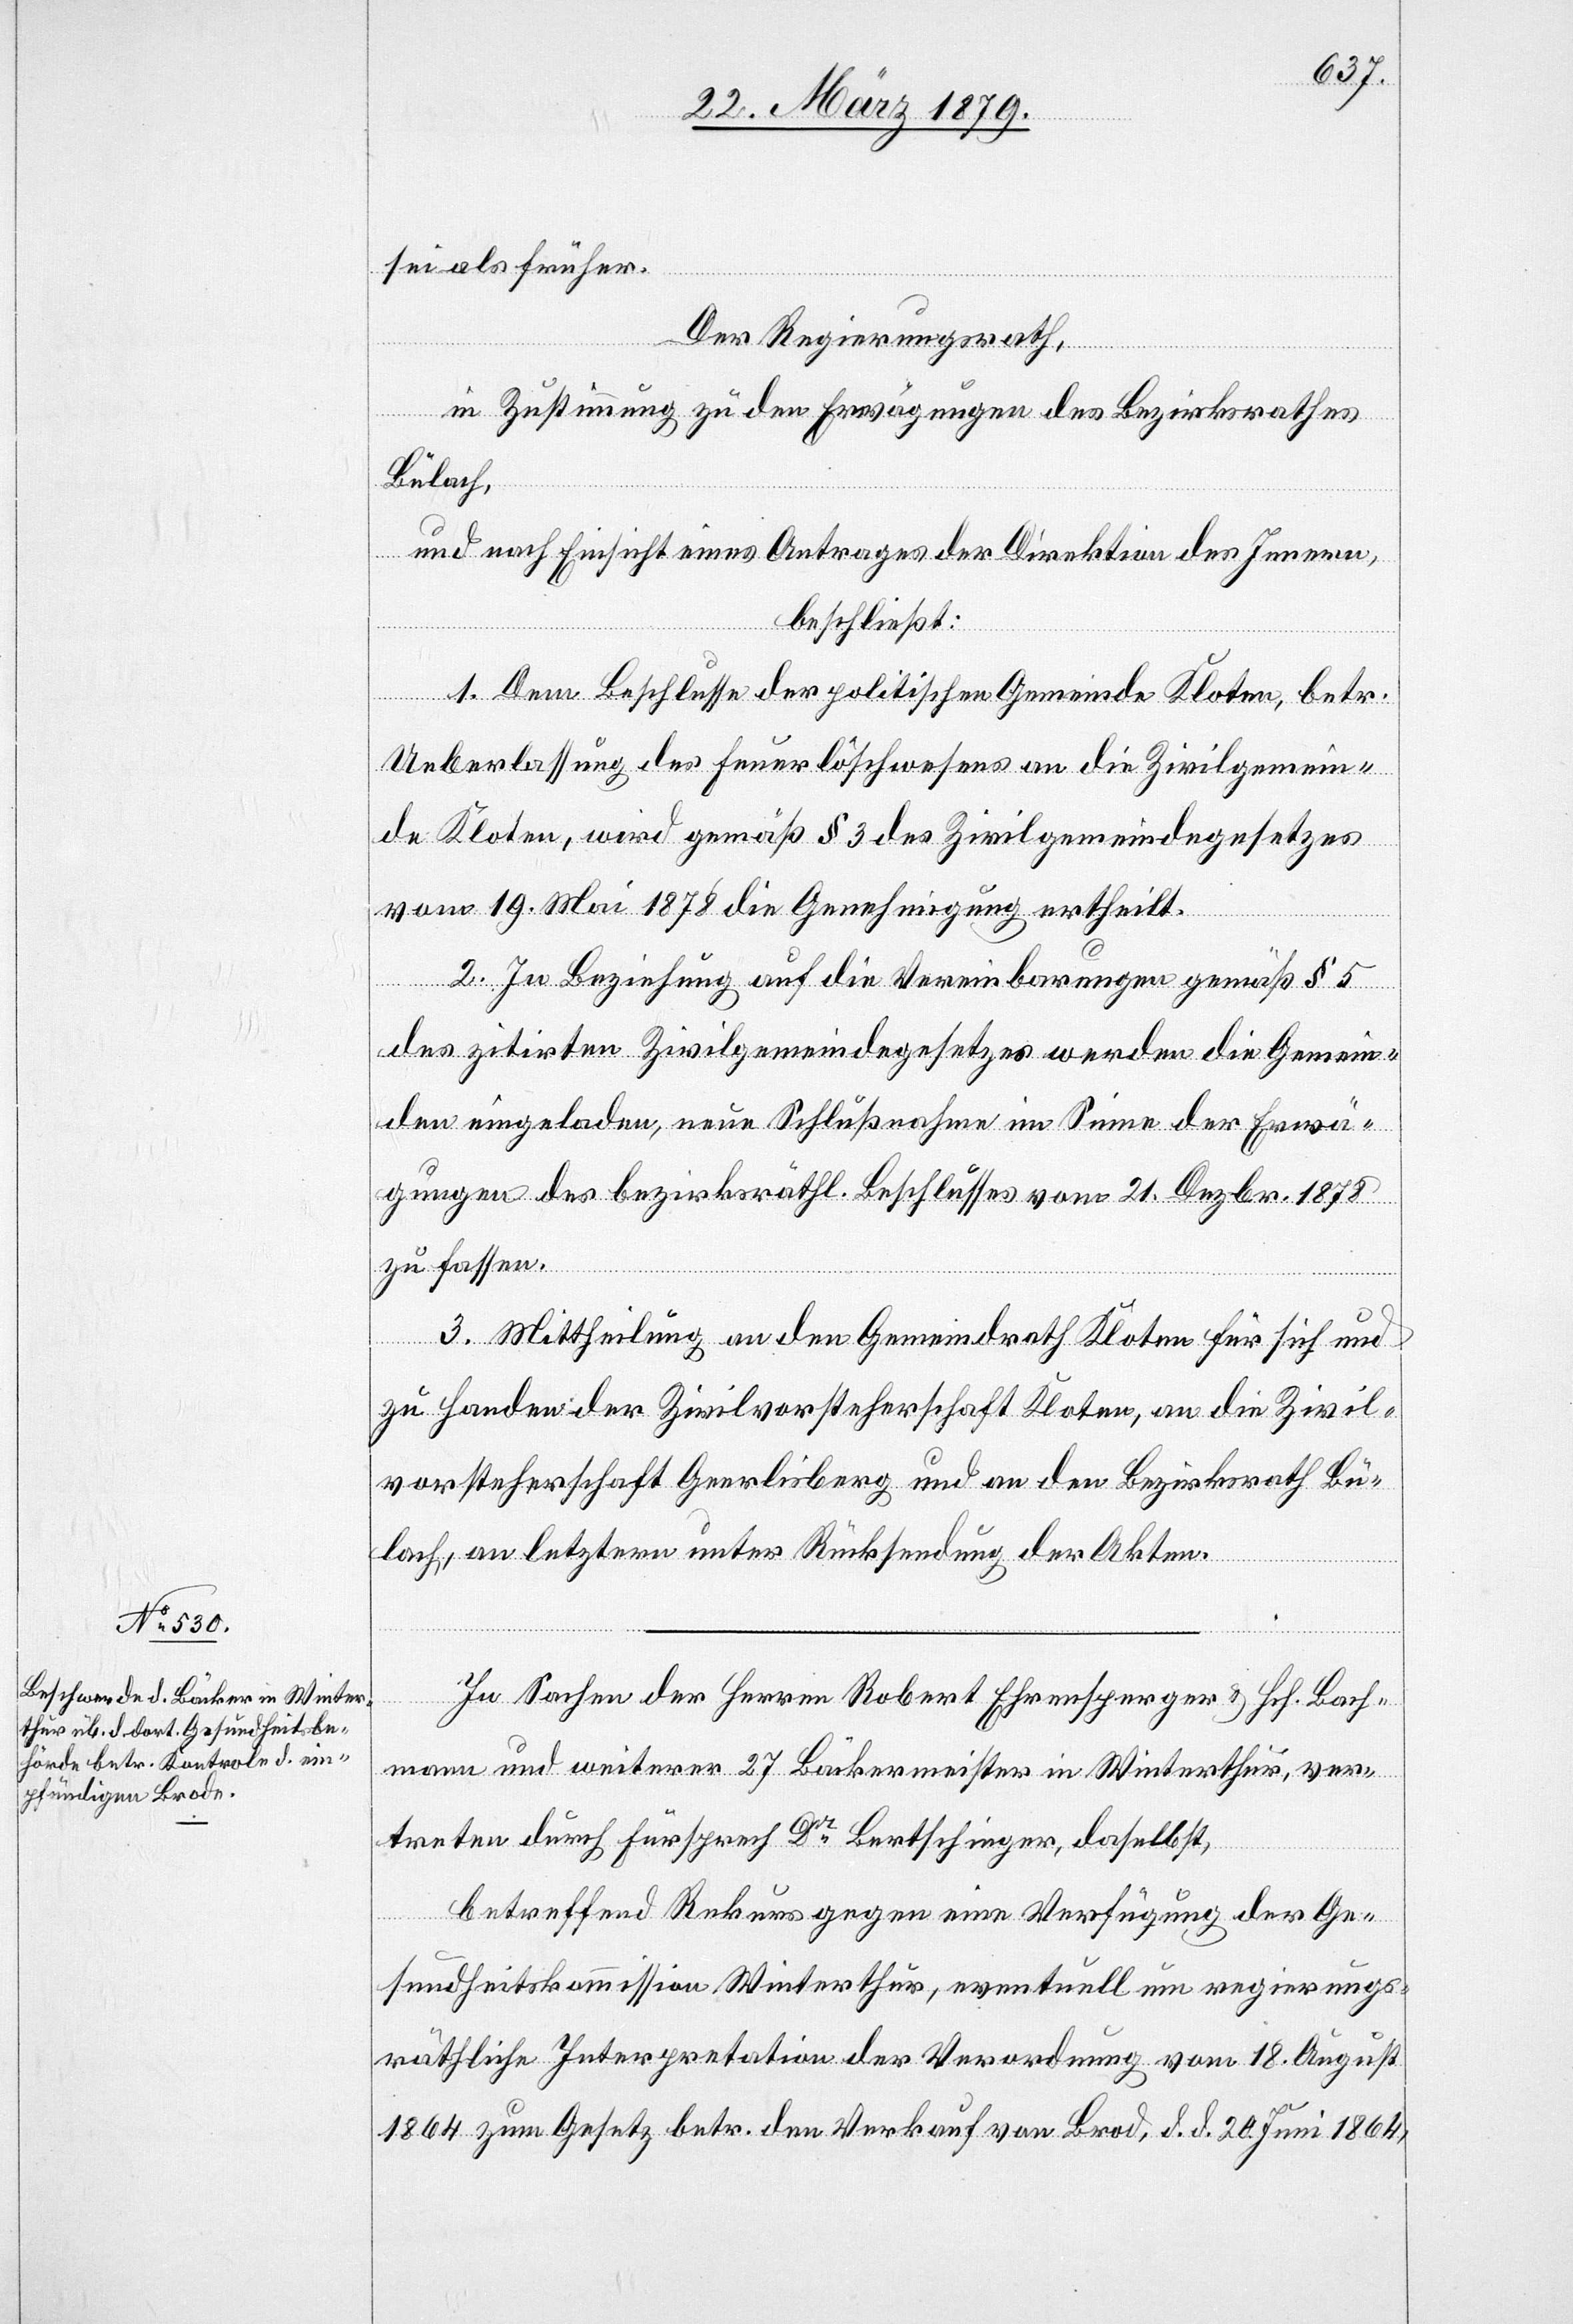
sei als früher.
Der Regierungsrath,
in Zustimmung zu den Erwägungen des Bezirksrathes
Bülach,
und nach Einsicht eines Antrages der Direktion des Innern,
beschließt:
1. Dem Beschlusse der politischen Gemeinde Kloten, betr.
Ueberlassung des Feuerlöschwesens an die Zivilgemein¬
de Kloten, wird gemäß § 3 des Zivilgemeindegesetzes
vom 19. Mai 1878 die Genehmigung ertheilt.
2. In Beziehung auf die Vereinbarungen gemäß § 5
des zitirten Zivilgemeindegesetzes werden die Gemein¬
den eingeladen, neue Schlußnahme im Sinne der Erwä¬
gungen des bezirksräthl. Beschlusses vom 21. Dezbr. 1878
zu fassen.
3. Mittheilung an den Gemeindrath Kloten für sich und
zu Handen der Zivilvorsteherschaft Kloten, an die Zivil¬
vorsteherschaft Geerlisberg und an den Bezirksrath Bü¬
lach, an letztern unter Rücksendung der Akten.
In Sachen der Herren Robert Ehrensperger & Hch. Bach¬
mann und weiterer 27 Bäckermeister in Winterthur, ver¬
treten durch Fürsprech Dr Bertschinger, daselbst,
betreffend Rekurs gegen eine Verfügung der Ge¬
sundheitskommission Winterthur, eventuell um regierungs¬
räthliche Interpretation der Verordnung vom 18. August
1864 zum Gesetz betr. den Verkauf von Brod, d. d. 20. Juni 1864,